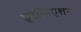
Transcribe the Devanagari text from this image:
एनन्सिएशन